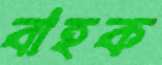
বাহক